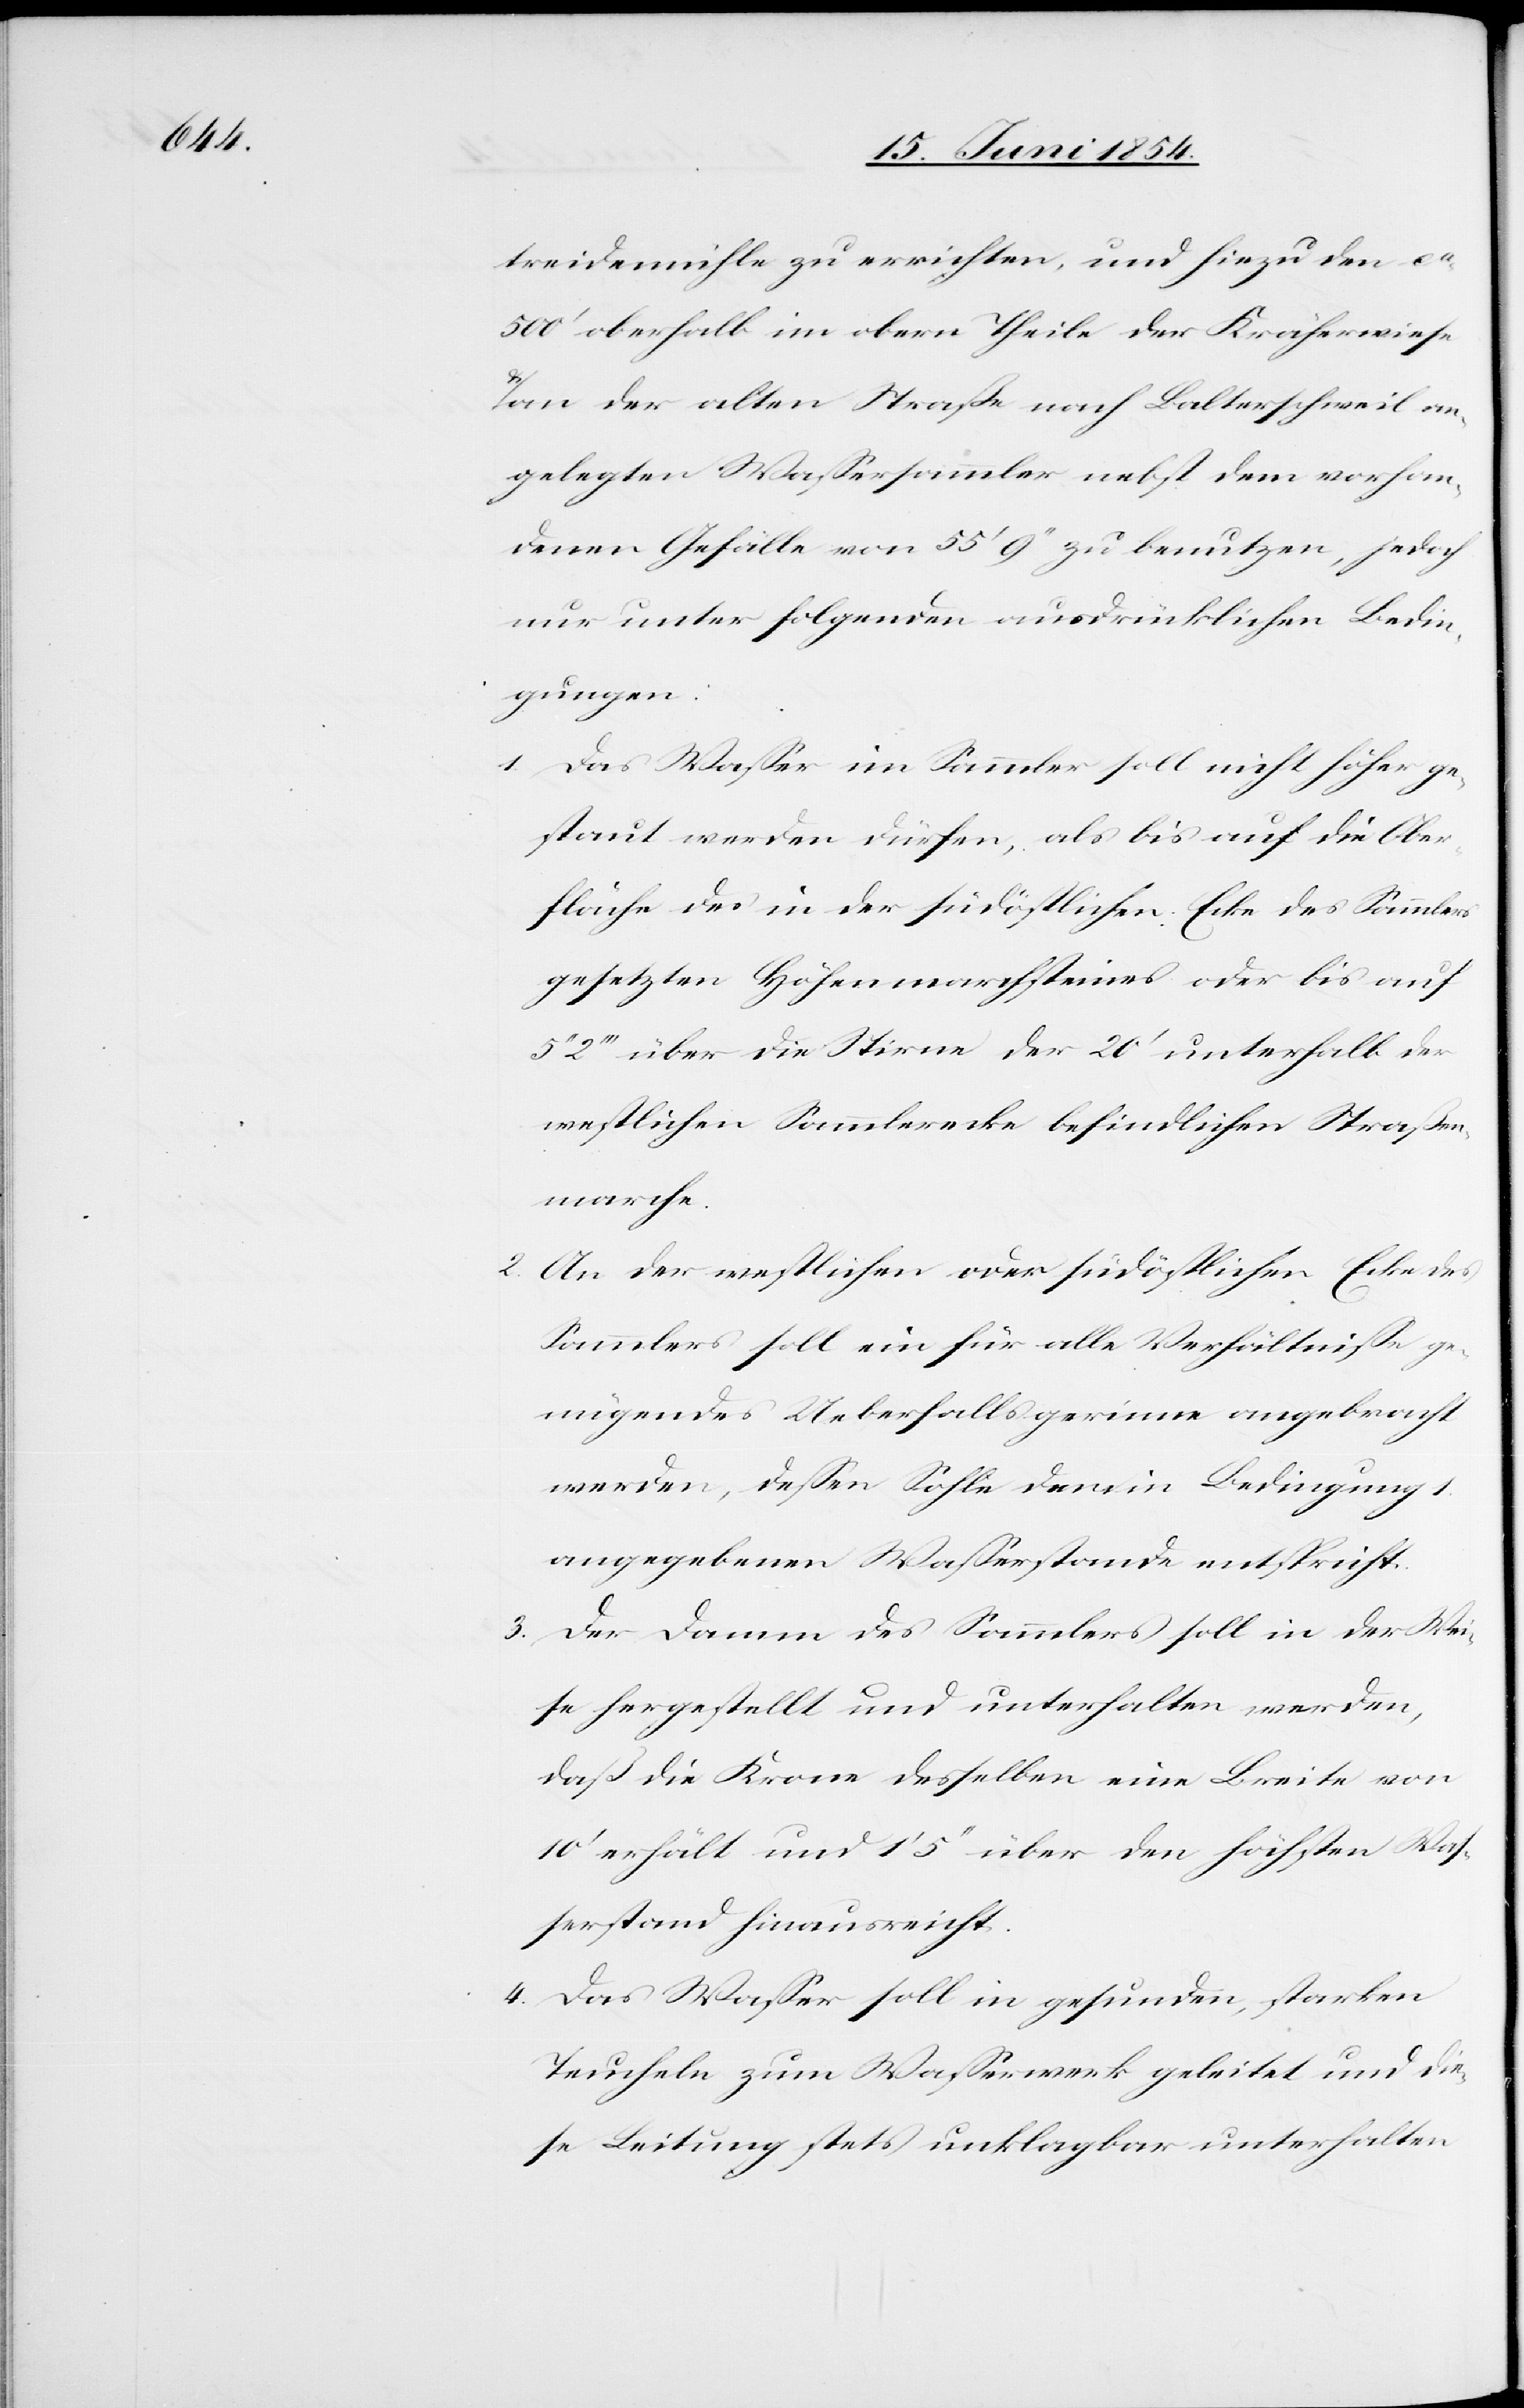
treidemühle zu errichten, und hiezu den ca
angelegten Waßersammler nebst dem vorhan¬
denen Gefälle von 55‘ 9‘‘ zu benutzen, jedoch
nur unter folgenden ausdrücklichen Bedin¬
gungen:
1. Das Waßer im Sammler soll nicht höher ge¬
staut werden dürfen, als bis auf die Ober¬
fläche des in der südöstlichen Ecke des Sammlers
gesetzten Höhenmarchsteines oder bis auf
2‘‘‘ über die Stirne der 20‘ unterhalb der
westlichen Sammlerecke befindlichen Straßen¬
marche.
2. An der westlichen oder südöstlichen Ecke des
Sammlers soll ein für alle Verhältniße ge¬
nügendes Ueberfallsgerinne angebracht
werden, deßen Sohle dem in Bedingung 1.
angegebenen Waßerstande entspricht.
3. Der Damm des Sammlers soll in der Wei¬
se hergestellt und unterhalten werden,
daß die Krone desselben eine Breite von
10‘ erhält und 1‘ 5‘‘ über den höchsten Waß¬
erstand hinausreicht.
4. Das Waßer soll in gesunden, starken
Teucheln zum Waßerwerk geleitet und die¬
se Leitung stets unklagbar unterhalten